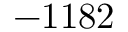
- 1 1 8 2